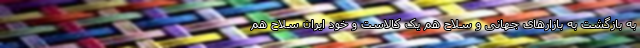
به بازگشت به بازارهای جهانی و سلاح هم یک کالاست و خود ایران سلاح هم